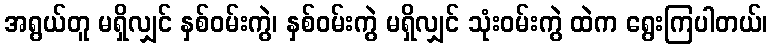
အရွယ်တူ မရှိလျှင် နှစ်ဝမ်းကွဲ၊ နှစ်ဝမ်းကွဲ မရှိလျှင် သုံးဝမ်းကွဲ ထဲက ရွေးကြပါတယ်၊